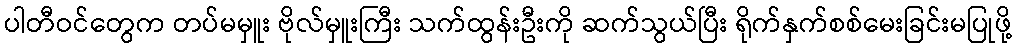
ပါတီဝင်တွေက တပ်မမှူး ဗိုလ်မှူးကြီး သက်ထွန်းဦးကို ဆက်သွယ်ပြီး ရိုက်နှက်စစ်မေးခြင်းမပြုဖို့